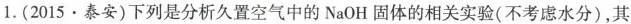
1.(2015\cdot泰安)下列是分析久置空气中的NaOH固体的相关实验(不考虑水分)，其